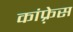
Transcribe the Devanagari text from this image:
कांफ़्रेस